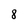
Character: 8